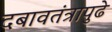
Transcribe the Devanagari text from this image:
दबावतंत्रापुढे